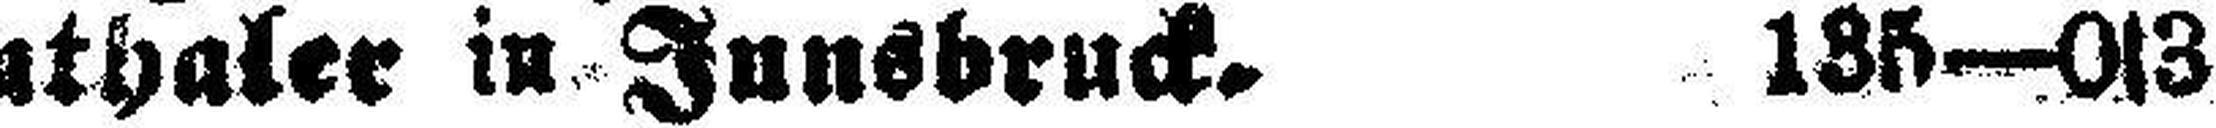
schenthaler in Innsbruck. 135—0s3